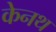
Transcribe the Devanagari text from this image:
केनथ